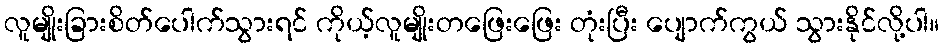
လူမျိုးခြားစိတ်ပေါက်သွားရင် ကိုယ့်လူမျိုးတဖြေးဖြေး တုံးပြီး ပျောက်ကွယ် သွားနိုင်လို့ပါ။